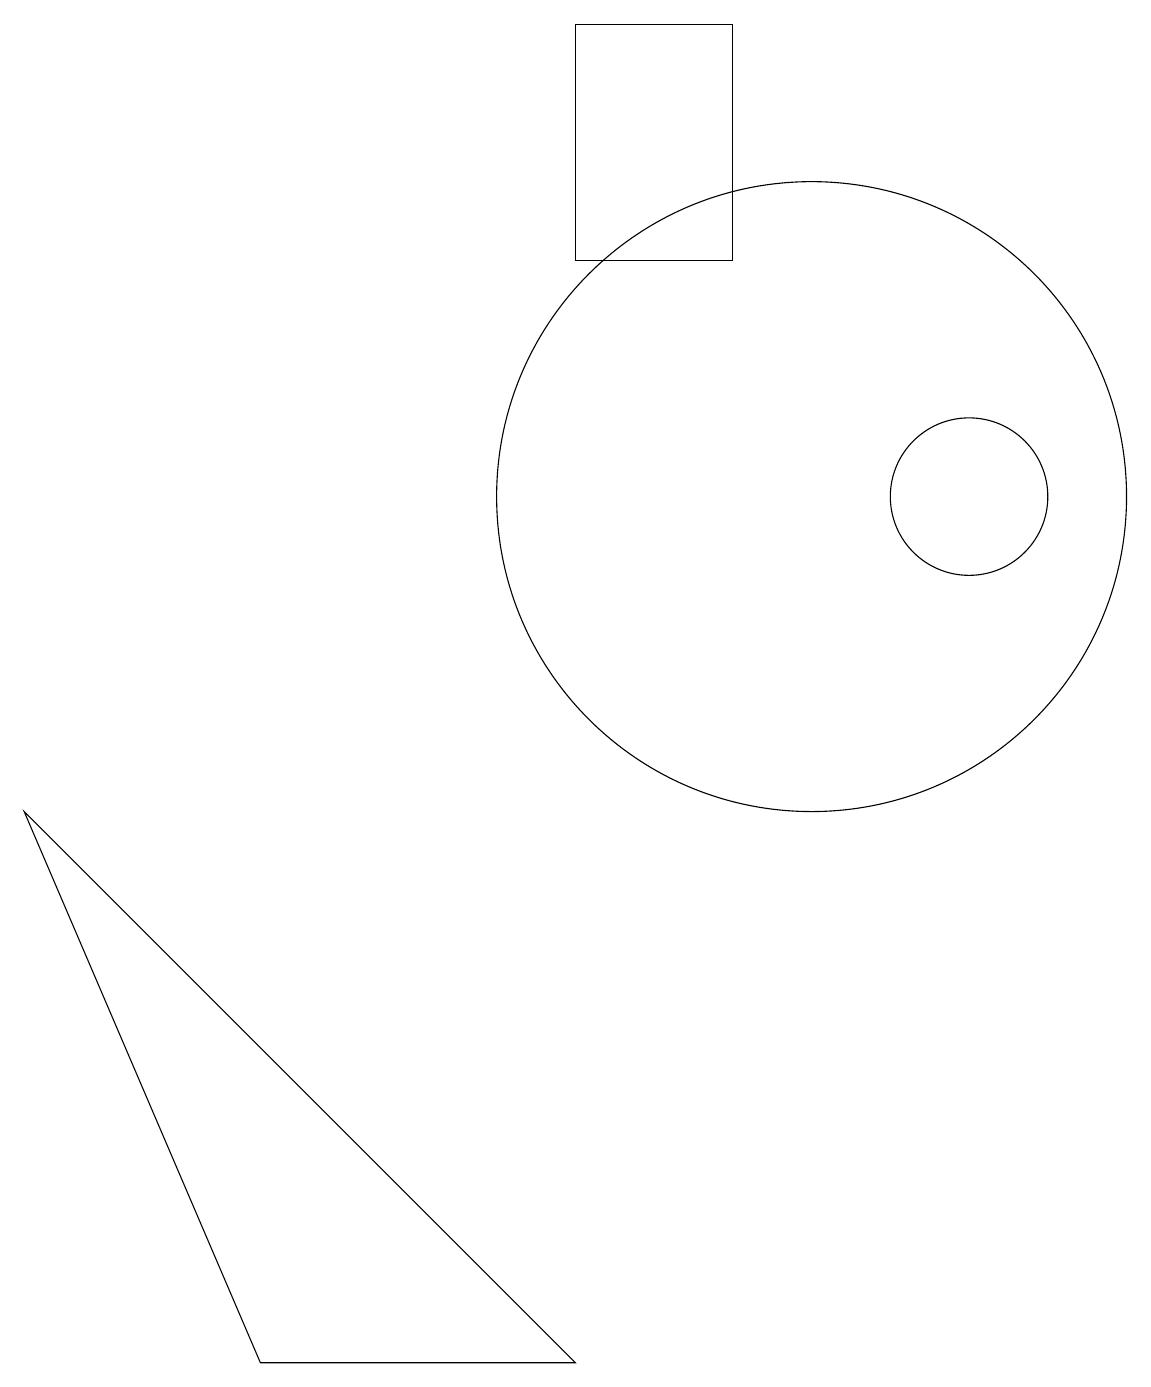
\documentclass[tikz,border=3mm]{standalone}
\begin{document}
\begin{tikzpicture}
\draw (0,7) -- (3,0) -- (7,0) -- cycle;
\draw (10,11) circle (4);
\draw (12,11) circle (1);
\draw (9,17) rectangle (7,14);
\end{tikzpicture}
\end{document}